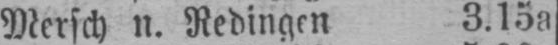
Mersch n. Redingen 3.15a